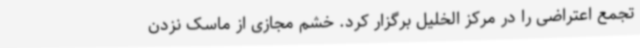
تجمع اعتراضی را در مرکز الخلیل برگزار کرد. خشم مجازی از ماسک نزدن